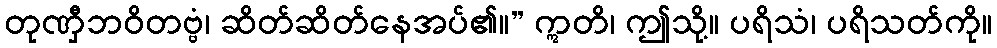
တုဏှီဘဝိတဗ္ဗံ၊ ဆိတ်ဆိတ်နေအပ်၏။” ဣတိ၊ ဤသို့။ ပရိသံ၊ ပရိသတ်ကို။